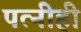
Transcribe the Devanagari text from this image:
पत्‍नीही